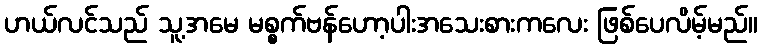
ဟယ်လင်သည် သူ့အမေ မစ္စက်ဗန်ဟော့ပါးအသေးစားကလေး ဖြစ်ပေလိမ့်မည်။